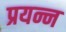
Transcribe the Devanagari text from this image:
प्रयन्न